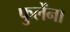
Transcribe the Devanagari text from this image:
फुलेंना